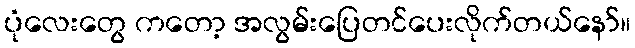
ပုံလေးတွေ ကတော့ အလွမ်းပြေတင်ပေးလိုက်တယ်နော်။